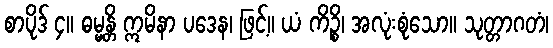
စာပိုဒ် ၄။ ဓမ္မန္တိ ဣမိနာ ပဒေန၊ ဖြင့်။ ယံ ကိဉ္စိ၊ အလုံးစုံသော။ သုတ္တာဂတံ၊